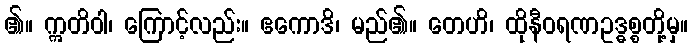
၏။ ဣတိဝါ၊ ကြောင့်လည်း။ ဧကောဒိ၊ မည်၏။ တေဟိ၊ ထိုနီဝရဏဥဒ္ဓစ္စတို့မှ။